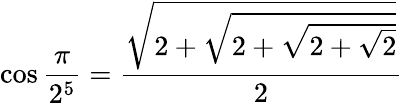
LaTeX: \cos{\frac{\pi}{2^{5}}}={\frac{\sqrt{2+{\sqrt{2+{\sqrt{2+{\sqrt{2}}}}}}}}{2}}